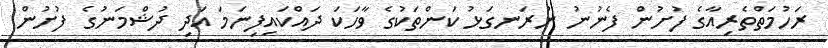
ރަހުމަތްތެރިއާގެ ފުށުން ފެނުނު ނުރަނގަޅު ކަންތަކުގެ ވާހަކަ ދައްކައިފިނަމަ އަދި ދުޝްމަނުގެ ފުށުން